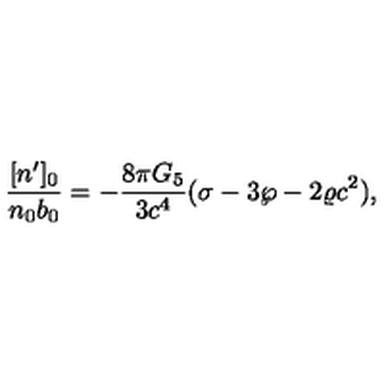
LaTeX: { \frac { [ n ^ { \prime } ] _ { 0 } } { n _ { 0 } b _ { 0 } } } = - { \frac { 8 \pi G _ { 5 } } { 3 c ^ { 4 } } } ( \sigma - 3 \wp - 2 \varrho c ^ { 2 } ) ,